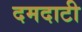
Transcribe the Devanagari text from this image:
दमदाटी